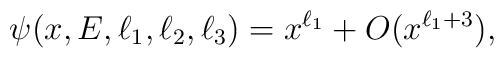
\psi(x,E,\ell_1,\ell_2,\ell_3)=x^{\ell_1}+O(x^{\ell_1+3}),